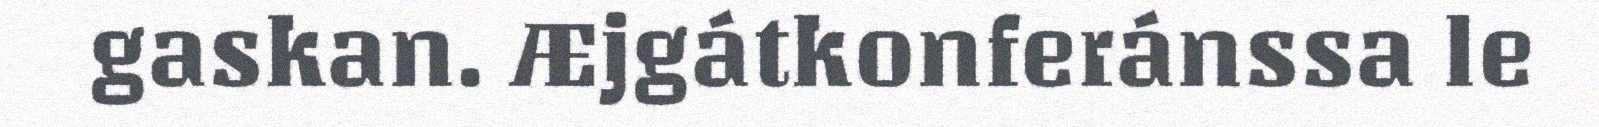
gaskan. Æjgátkonferánssa le